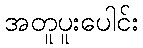
အတူပူးပေါင်း